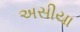
અસીયા